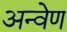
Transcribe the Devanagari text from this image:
अन्वेण